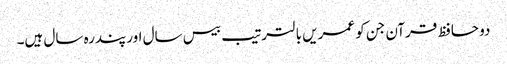
دو حافظ قرآن جن کو عمریں با لترتیب بیس سال اور پندرہ سال ہیں۔